Eesti_Teaduste_Akadeemia, lk 3
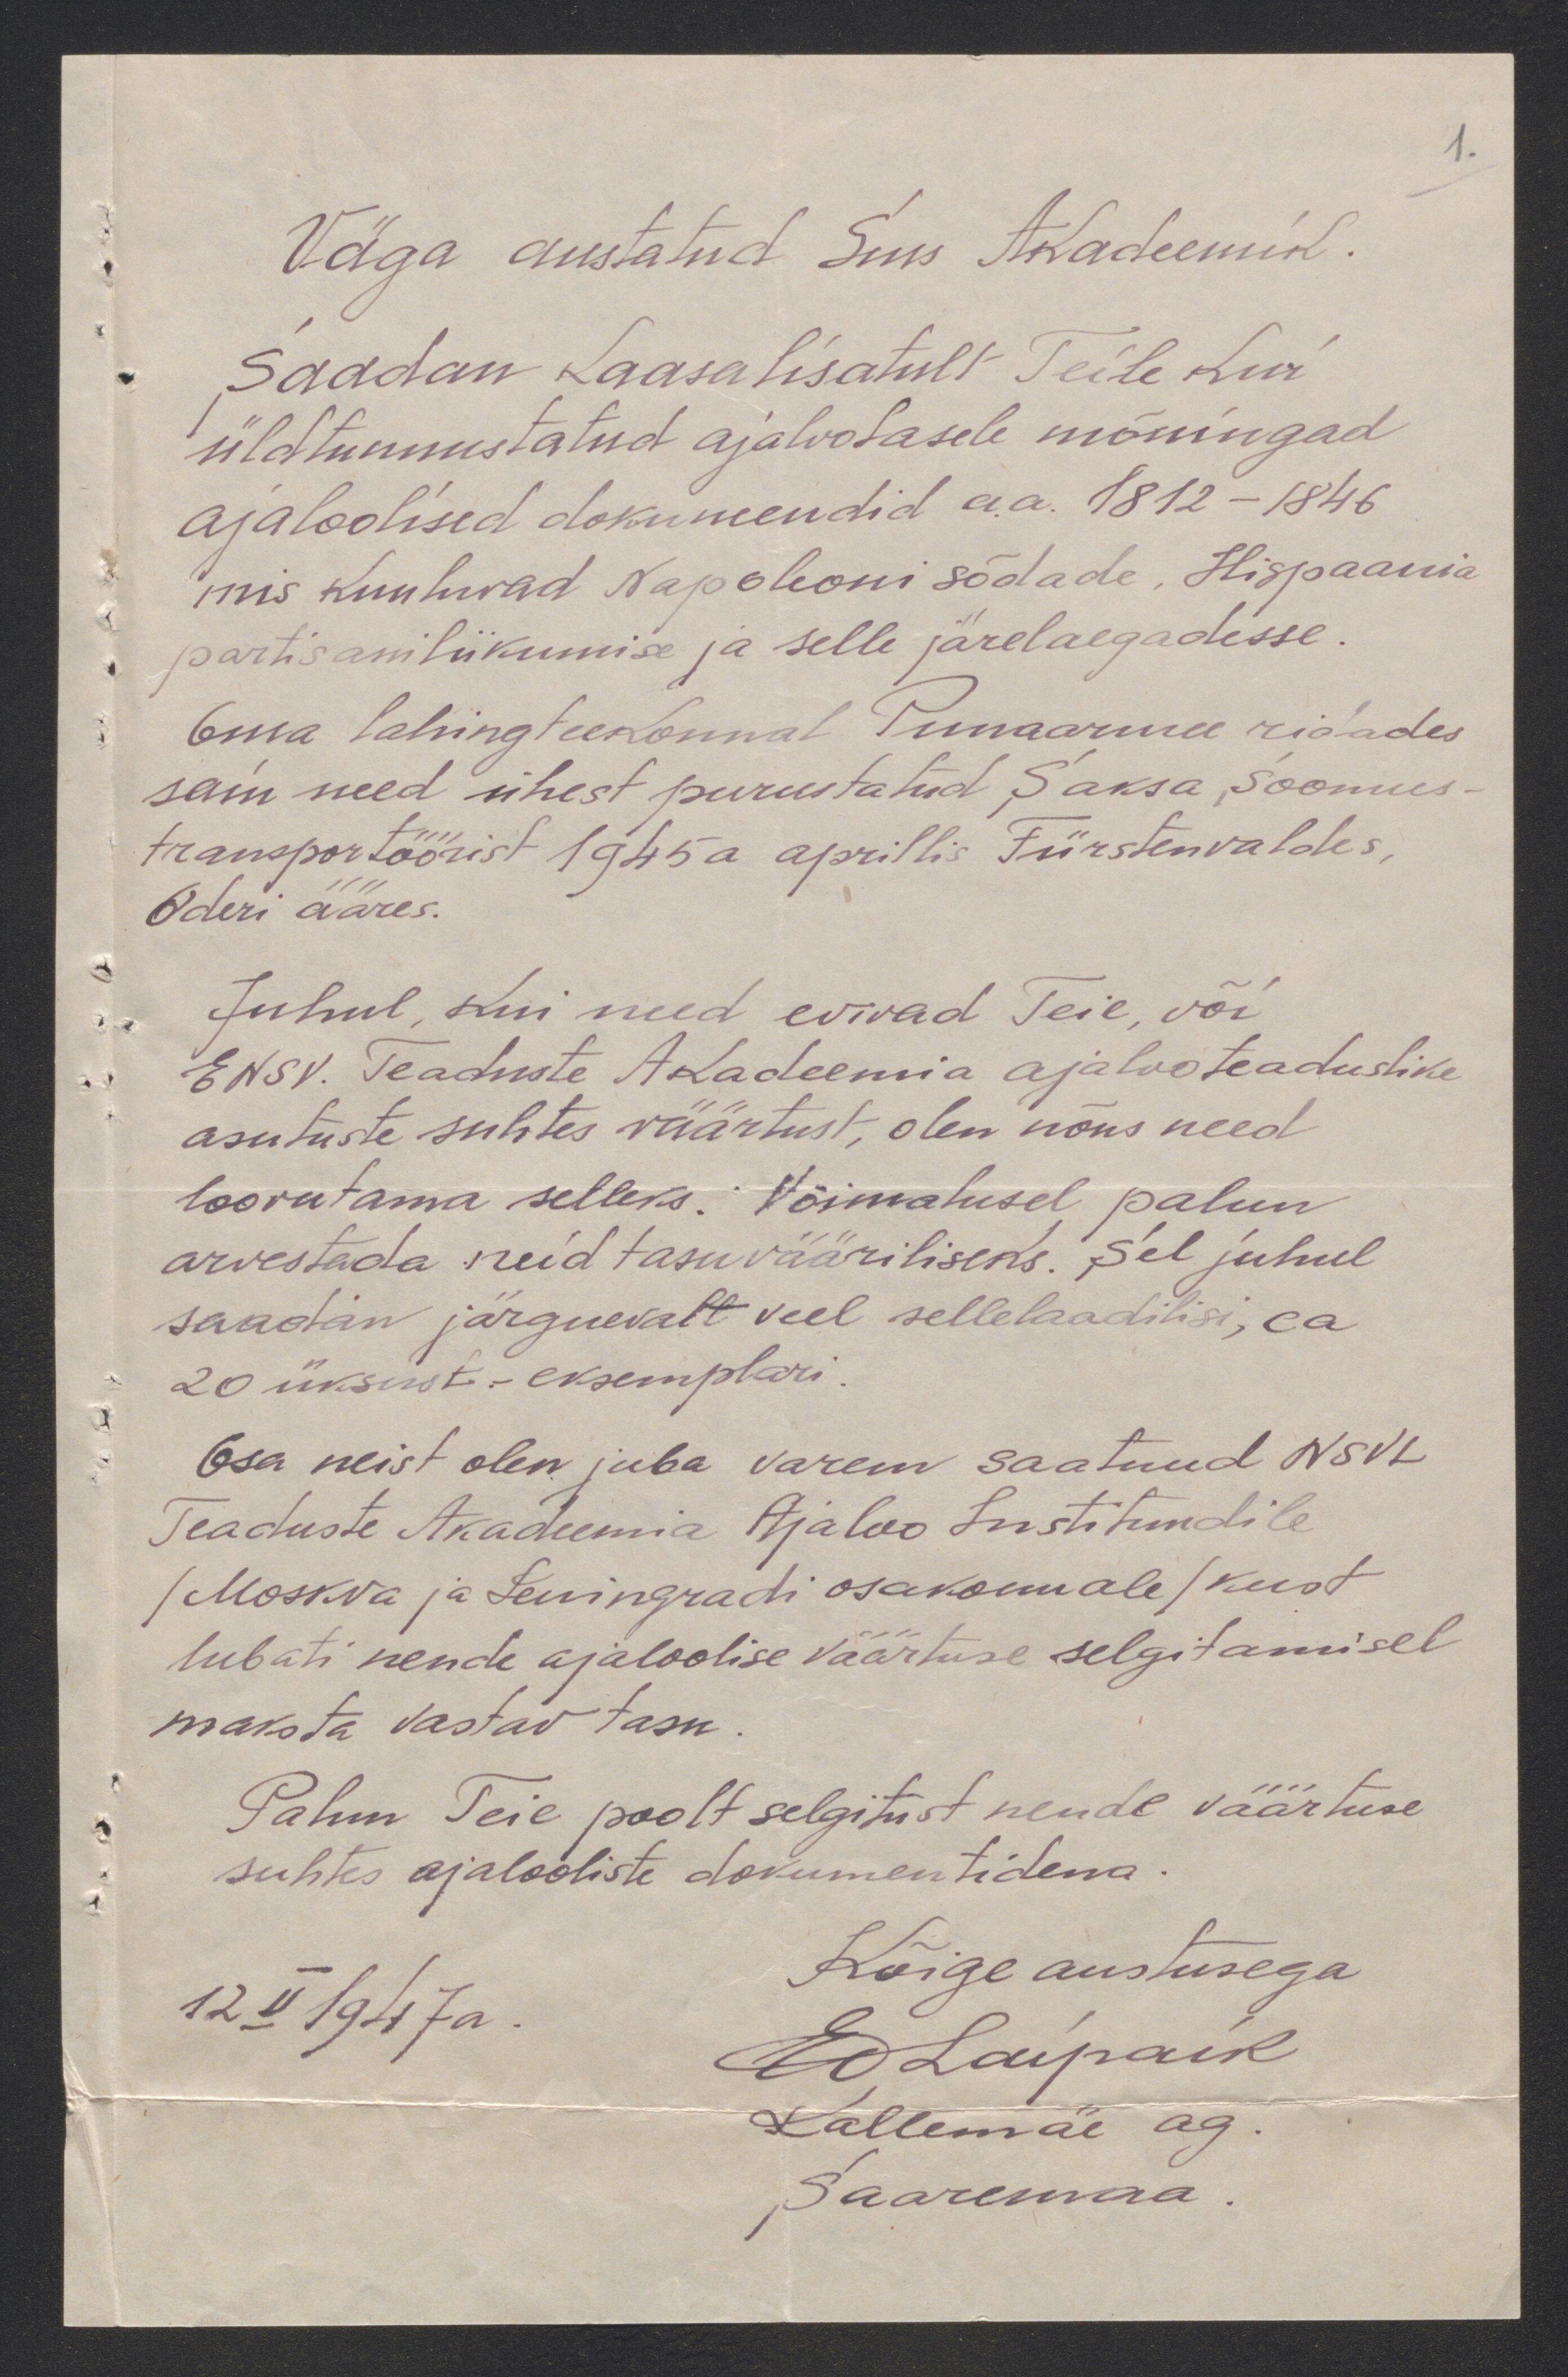
1.
Väga austatud Sms Akadeemik.
Saadan kaasa lisatult Teile Kui
üldtunnustatud ajaloolasele mõningad
ajaloolised dokumendid aa. 1812-1846
mis kuuluvad Napoleoni sõdade, Hispaania
partisaniliikumise ja selle järelaegadesse
Oma lahingteekonnast Punaarmee ridades
sain need ühest purustatud Saksa, Soomus
transportöörist 1945a aprillis Fürstenvaldes,
Oderi ääres.
Juhul, kui need evivad Teie, või
ENSV. Teaduste Akadeemia ajalooteaduslike
asutuste suhtes väärtust, olen nõus need
loovutama selleks. Võimalusel palun
arvestada neid tasuvääriliseks. Sel juhul
saadan järgnevalt veel sellelaadilisi, ca
20 üksust-eksemplari
Osa neist olen juba varem saatnud NSVL
Teaduste Akadeemia Ajaloo Instituudile
/Moskva ja Leningradi osakonnale/ kust
lubati nende ajaloolise väärtuse selgitamisel
maksta vastav tasu.
Palun Teie poolt selgitust nende väärtuse
suhtes ajalooliste dokumentidena.
12 II 1947 a.
Kõige austusega
Ed Laipaik
Kallemäe ag
Saaremaa